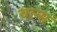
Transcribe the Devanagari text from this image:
वल्स